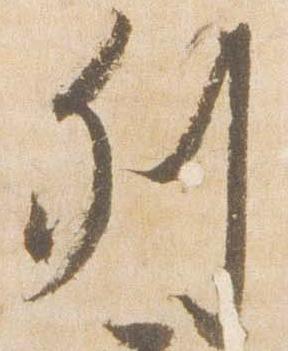
列